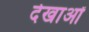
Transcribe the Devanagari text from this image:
देखाओं